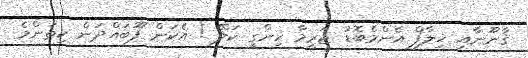
ޤާނޫނާއި ޚިލާފް އެންމެބޮޑު ޖަރީމާ ހިންގީ ކަލޭ ! އެކަން ފޫބައްދަން ކިތަންމެ